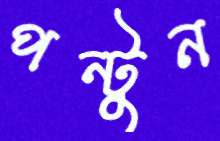
পন্টুন